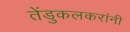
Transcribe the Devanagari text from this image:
तेंडुकलकरांनी